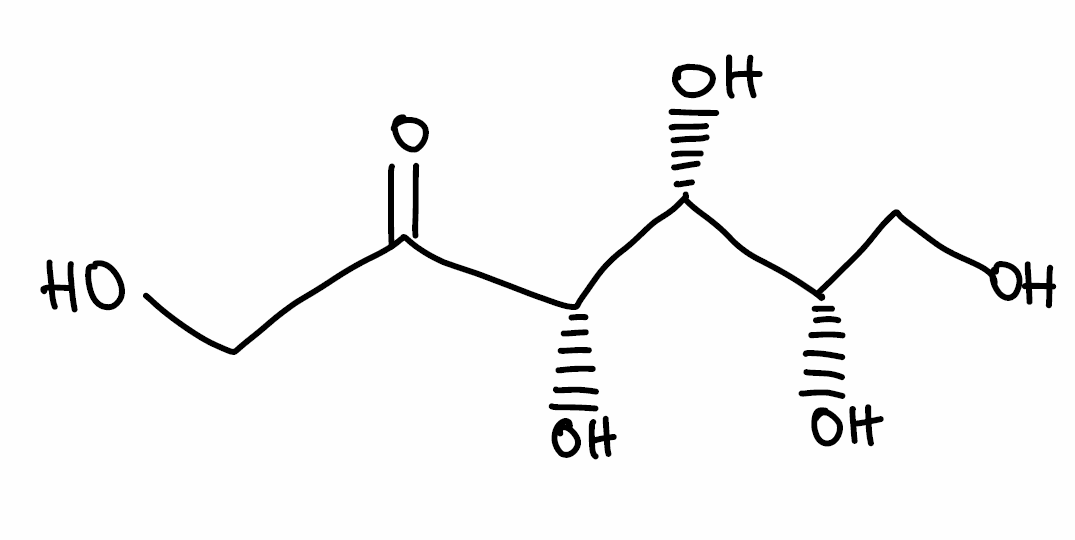
Simplified molecular-input line-entry system (SMILES) notation of the given molecule:
C([C@@H]([C@H]([C@@H](C(=O)CO)O)O)O)O